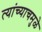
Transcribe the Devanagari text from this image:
त्यांच्याचमुळे